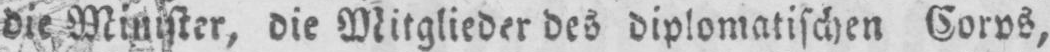
die Minister, die Mitglieder des diplomatischen Corps,